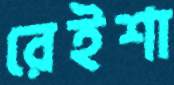
রেইশা